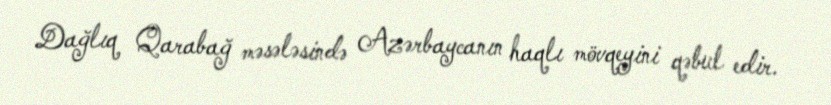
Dağlıq Qarabağ məsələsində Azərbaycanın haqlı mövqeyini qəbul edir.